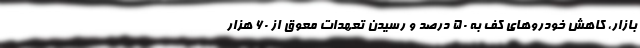
بازار، کاهش خودروهای کف به ۵۰ درصد و رسیدن تعهدات معوق از ۶۰ هزار